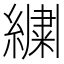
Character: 𬗷